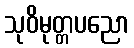
သုဝိမုတ္တပညော